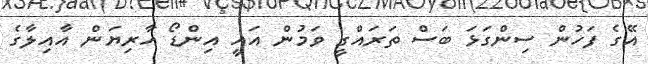
އޭގެ ފަހުން ސިންގަޅަ ބަސް ތަރައްގީ ވަމުން އައީ އިންޑޯ އާރިޔަން އާއިލާގެ